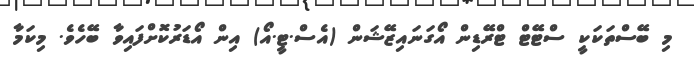
މި ބޭސްތަކަކީ ސްޓޭޓް ޓްރޭޑިން އޯގަނައިޒޭޝަން (އެސް.ޓީ.އޯ) އިން އޯޑަރުކޮށްފައިވާ ބޭހެވެ. މިކަމާ